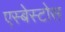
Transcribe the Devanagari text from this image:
एस्बेस्टोस